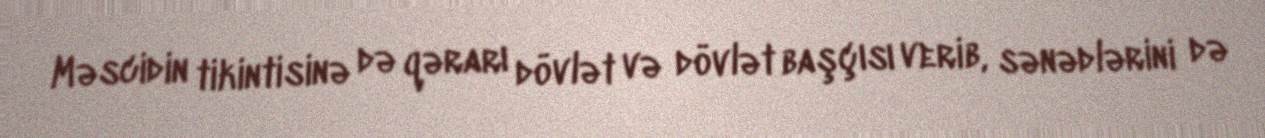
Məscidin tikintisinə də qərarı dövlət və dövlət başçısı verib, sənədlərini də